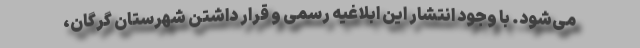
می‌شود. با وجود انتشار این ابلاغیه رسمی و قرار داشتن شهرستان گرگان،